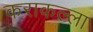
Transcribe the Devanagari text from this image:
कराकल्ला